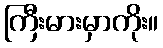
ကြီးမားမှာကိုး။